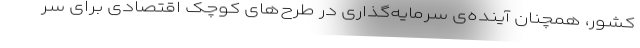
کشور، همچنان آینده‌ی سرمایه‌گذاری در طرح‌های کوچک اقتصادی برای سر